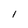
Character: I